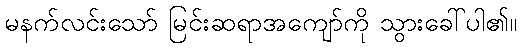
မနက်လင်းသော် မြင်းဆရာအကျော်ကို သွားခေါ်ပါ၏။